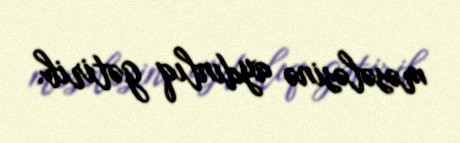
məsələsinə aydınlıq gətirib.